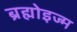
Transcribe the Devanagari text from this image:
ब्रह्मोइज्म